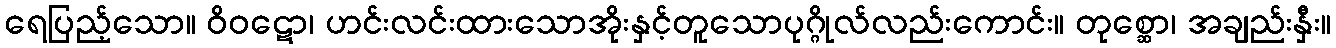
ရေပြည့်သော။ ဝိဝဋော၊ ဟင်းလင်းထားသောအိုးနှင့်တူသောပုဂ္ဂိုလ်လည်းကောင်း။ တုစ္ဆော၊ အချည်းနှီး။